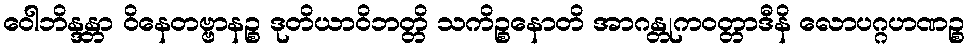
ဝေါဘိန္ဒန္တာ ဝိနေတဗ္ဗာနဉ္စ ဒုတိယာဝိဘတ္တိ သကိဉ္စနောတိ အာဂန္တုကဝတ္တာဒီနိ လောပဂ္ဂဟဏဉ္စ